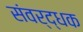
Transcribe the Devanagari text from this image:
संवर्द्धक